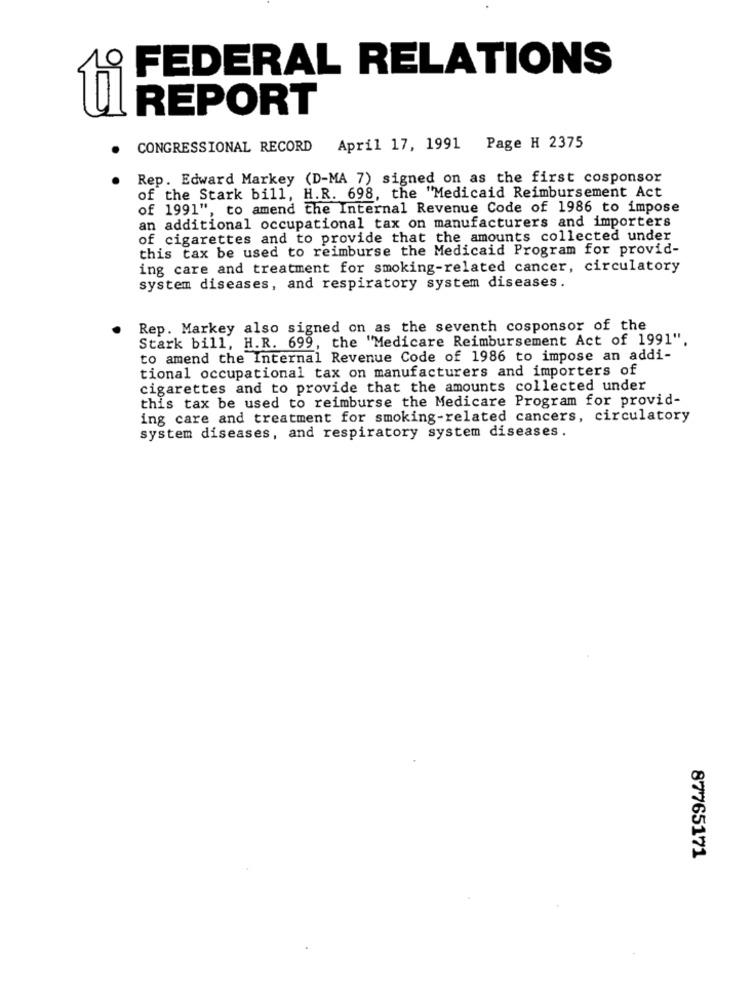
FEDERAL RELATIONS
REPORT
CONGRESSIONAL RECORD April 17, 1991 Page H 2375
Rep. Edward Markey (D-MA 7) signed on as the first cosponsor
of the Stark bill, H.R. 698, the "Medicaid Reimbursement Act
of 1991", to amend the Internal Revenue Code of 1986 to impose
an additional occupational tax on manufacturers and importers
of cigarettes and to provide that the amounts collected under
this tax be used to reimburse the Medicaid Program for provid-
ing care and treatment for smoking-related cancer, circulatory
system diseases, and respiratory system diseases.
Rep. Markey also signed on as the seventh cosponsor of the
Stark bill, H.R. 699, the "Medicare Reimbursement Act of 1991".
to amend the Internal Revenue Code of 1986 to impose an addi-
tional occupational tax on manufacturers and importers of
cigarettes and to provide that the amounts collected under
this tax be used to reimburse the Medicare Program for provid-
ing care and treatment for smoking-related cancers, circulatory
system diseases, and respiratory system diseases.
87765171